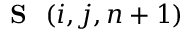
\mathrm { ~ { ~ \bf ~ S ~ } ~ } ( i , j , n + 1 )